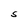
Character: S